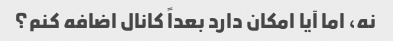
نه، اما آیا امکان دارد بعداً کانال اضافه کنم؟